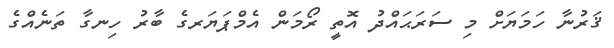
ޤަރުނާ ހަމަޔަށް މި ސަރަޙައްދު އޮތީ ރޯމަން އެމްޕަޔަރގެ ބާރު ހިނގާ ތަނެއްގެ